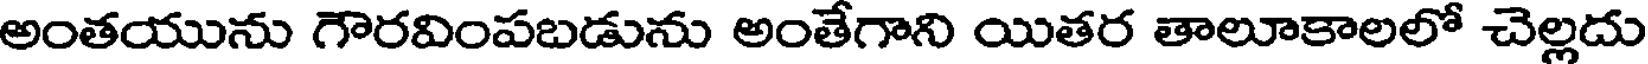
అంతయును గౌరవింపబడును అంతేగాని యితర తాలూకాలలో చెల్లదు